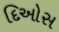
દિઓસ